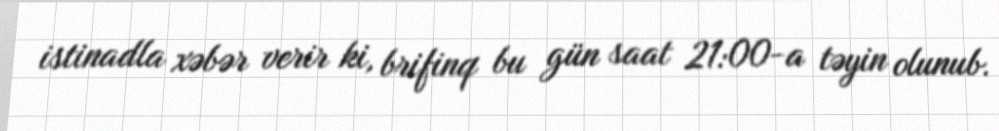
istinadla xəbər verir ki, brifinq bu gün saat 21:00-a təyin olunub.